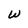
Character: W